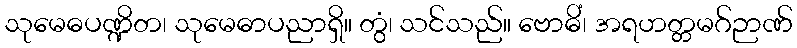
သုမေဓပဏ္ဍိတ၊ သုမေဓာပညာရှိ။ တွံ၊ သင်သည်။ ဗောဓိံ၊ အရဟတ္တမဂ်ဉာဏ်